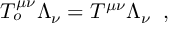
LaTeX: T _ { o } ^ { \mu \nu } \Lambda _ { \nu } = T ^ { \mu \nu } \Lambda _ { \nu } \; \; ,